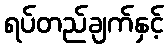
ရပ်တည်ချက်နှင့်